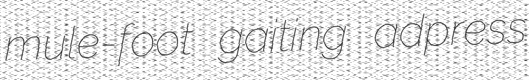
mule-foot gaiting adpress